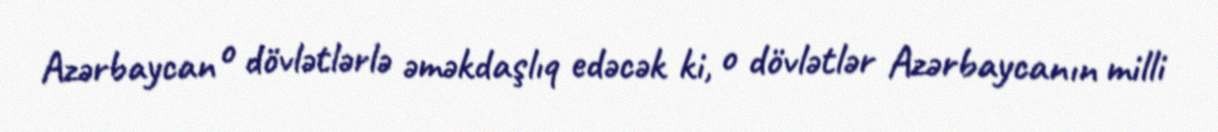
Azərbaycan o dövlətlərlə əməkdaşlıq edəcək ki, o dövlətlər Azərbaycanın milli